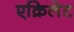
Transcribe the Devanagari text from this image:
एक्रिलेट